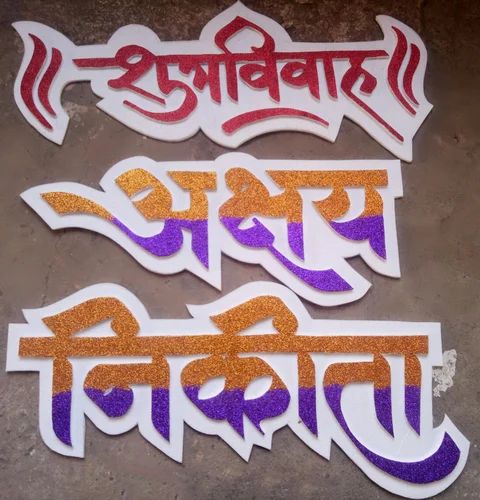
Language: marathi
Transcription: शुभविवाह अक्षय निकिता